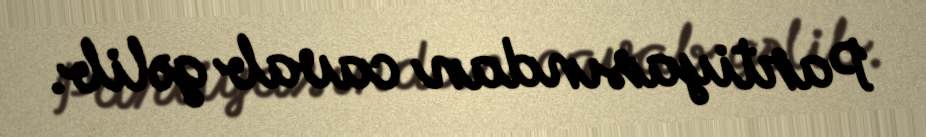
Partiyasından cavab gəlib.